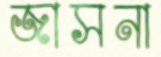
জাসনা